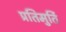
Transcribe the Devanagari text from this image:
प्रतिमुर्ति